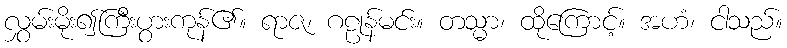
လွှမ်းမိုး၍ကြီးပွားကုန်၏။ ရာဇ၊ ဂဠုန်မင်း။ တသ္မာ၊ ထိုကြောင့်။ အဟံ၊ ငါသည်။